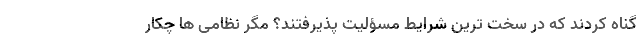
گناه کردند که در سخت ترین شرایط مسؤلیت پذیرفتند؟ مگر نظامی ها چکار